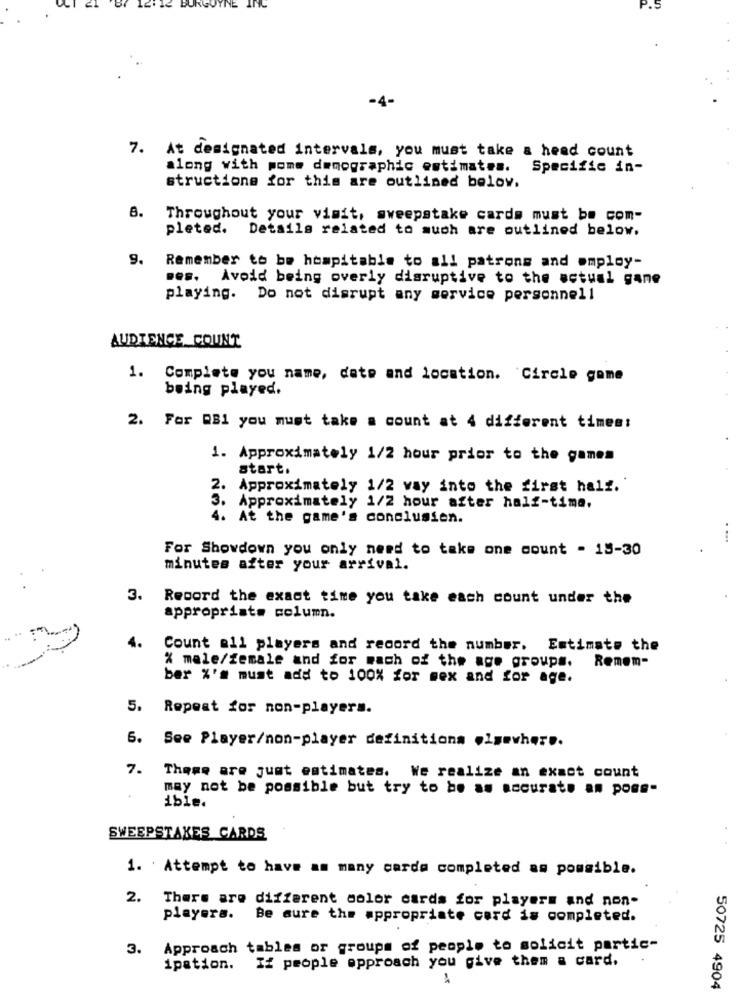
NE
-4-
7. At designated intervals, you must take a head count
along with pome demographic estimates. Specific in-
structione for this are outlined below.
8.
Throughout your visit, sweepstake cards must be com-
pleted. Details related to much are outlined below.
9.
Remember to be hospitable to all patrons and employ-
.es. Avoid being overly disruptive to the actual gane
playing. Do not disrupt any service personnell
AUDIENCE COUNT
1.
Complete you name, date and location. Circle game
being played.
2. For DB1 you must take a count at 4 different times:
1. Approximately 1/2 hour prior to the games
start.
2.
Approximately 1/2 way into the first half.
3 .
Approximately 1/2 hour after half-time,
4. At the game's conclusien.
. ...
For Showdown you only need to take one count - 15-30
minutes after your arrival.
3.
Record the exact time you take each count under the
appropriate column.
4.
Count all players and record the number. Estimate the
Remem-
% male/female and for mach of the age groups.
ber %'# must add to 100% for mex and for age.
5. Repeat for non-players.
6. See Player/non-player definitions elsewhere.
7. Theme are just estimates. We realize an exact count
may not be possible but try to be as accurate an poes-
ibie.
SWEEPSTAKES CARDS
1. Attempt to have am many carda completed as possible.
2. There are different color cards for players and non-
players. Be sure the appropriate cord is completed.
3.
Approach tables or groups of people to solicit partic-
ipation.
If people approach you give them a card.
50725 4904